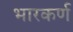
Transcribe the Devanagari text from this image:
भारकर्ण